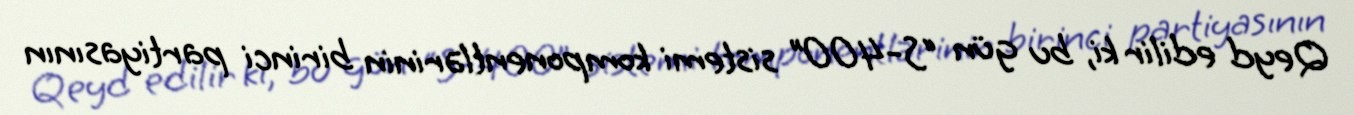
Qeyd edilir ki, bu gün “S-400” sistemi komponentlərinin birinci partiyasının